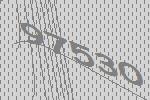
97530